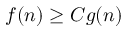
f ( n ) \ge C g ( n )